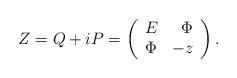
LaTeX: \begin{align*}Z=Q+iP=\left(\begin{array}{crc}E&\Phi\\\Phi&-z\\\end{array}\right).\end{align*}